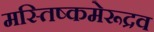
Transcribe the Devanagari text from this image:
मस्तिष्कमेरूद्रव